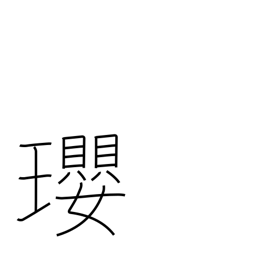
Meaning: jewelled necklace